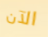
الآن